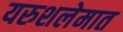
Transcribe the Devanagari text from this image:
यरुशलेमात